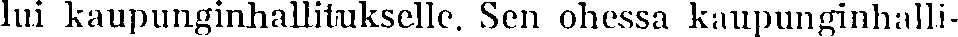
lui kaupunginhallitukselle. Sen ohessa kaupunginhalli-